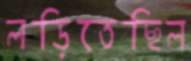
লড়িতেছিল